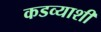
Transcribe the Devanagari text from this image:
कडव्याशी